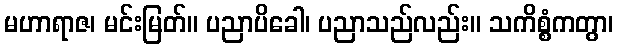
မဟာရာဇ၊ မင်းမြတ်။ ပညာပိခေါ၊ ပညာသည်လည်း။ သကိစ္စံကတွာ၊